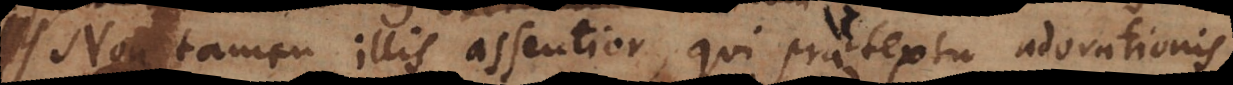
Non tamen illis assentior, qui praetextu adorationis